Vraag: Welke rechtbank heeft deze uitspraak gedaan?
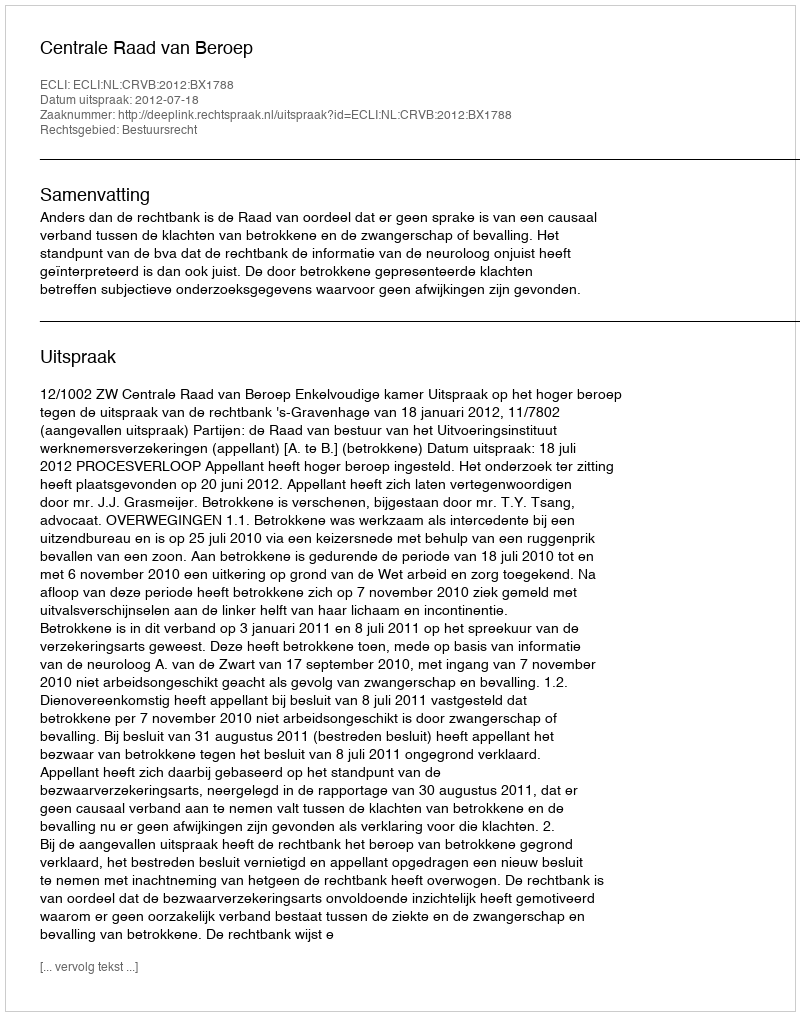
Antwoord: Centrale Raad van Beroep